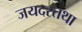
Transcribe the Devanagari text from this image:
जयदस्तथा